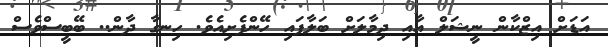
އަޑަށް އިޒްކާން ނީޝަލް އާއި ދިމާލަށް ބަލާފައި ހޭންފެށިއެވެ. ހިނގާ ދާން.. ބޭބީސްވެސް